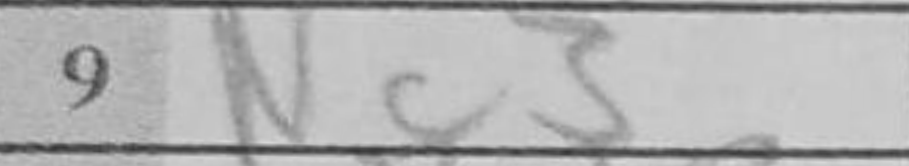
Transcription: Nc3